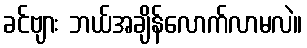
ခင်ဗျား ဘယ်အချိန်လောက်လာမလဲ။